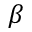
\beta